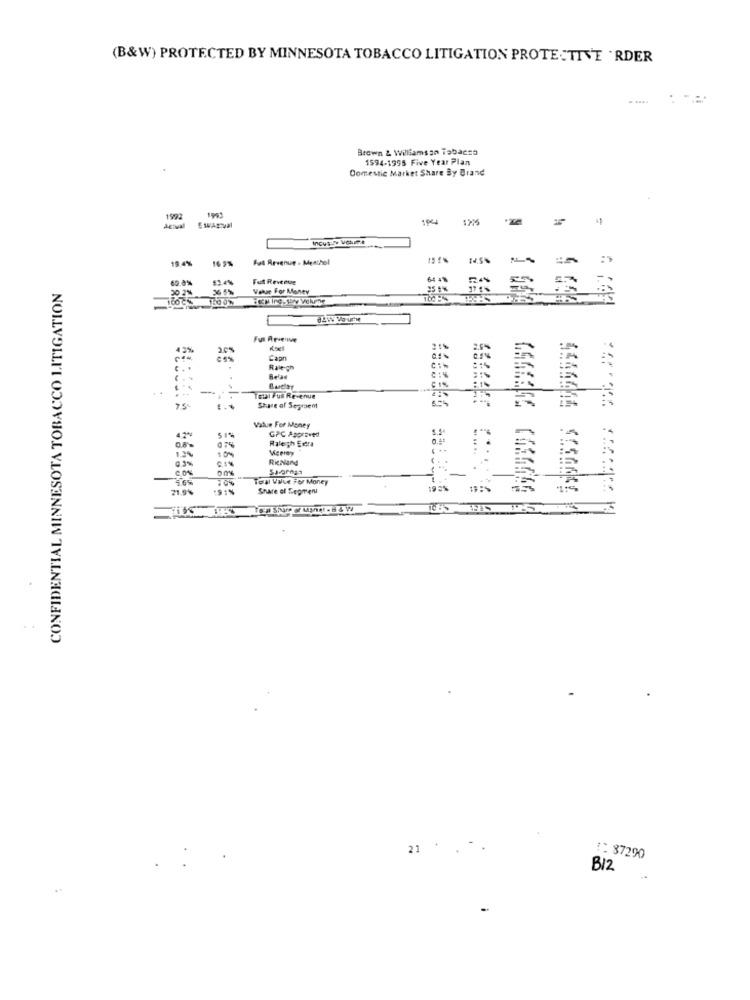
(B&W) PROTECTED BY MINNESOTA TOBACCO LITIGATION PROTEC TIVE ' RDER
. ....
Brown & Williamson Tabacso
1594-1995 Five Year Plan
Domestic Market Share By Brand
1992
Actual
Incus Se Volume
19 4%
16 5%
Fat Revenue - Menthol
60.8%
Fut Revenue
64 48
CONFIDENTIAL MINNESOTA TOBACCO LITIGATION
20 2%
Vakar For Money
B&W VOUEM
Capn
" .
Rate-ch
Belae
Total Ful Revenue
Share of Seguem
Value For Money
GPC Approved
4.2%
Raleigh Erera
0.6'%
Merrey
Rienland
CON
00%
70%
Total Value For Money
21.9%
19:%
Share of Segment
21
:: 87290
B12